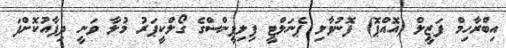
އިބްރާހިމް ފަޒީލް (އޮއްޕޮ) ފޮނުވާލި ޕެނަލްޓީ ފިލިޕީންސްގެ ގޯލްކީޕަރު މުލާ ވަނީ ދިފާއުކޮށްފަ